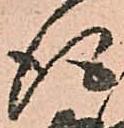
得